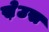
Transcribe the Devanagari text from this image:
स़ेउस